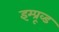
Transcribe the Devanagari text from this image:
इम्प्रूव्ड